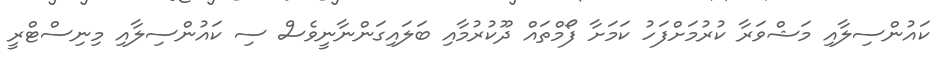
ކައުންސިލާއި މަޝްވަރާ ކުރުމަށްފަހު ކަމަށާ ފޯމްތައް ދޫކުރުމާއި ބަލައިގަންނާނީވެސް ސި ކައުންސިލާއި މިނިސްޓްރީ